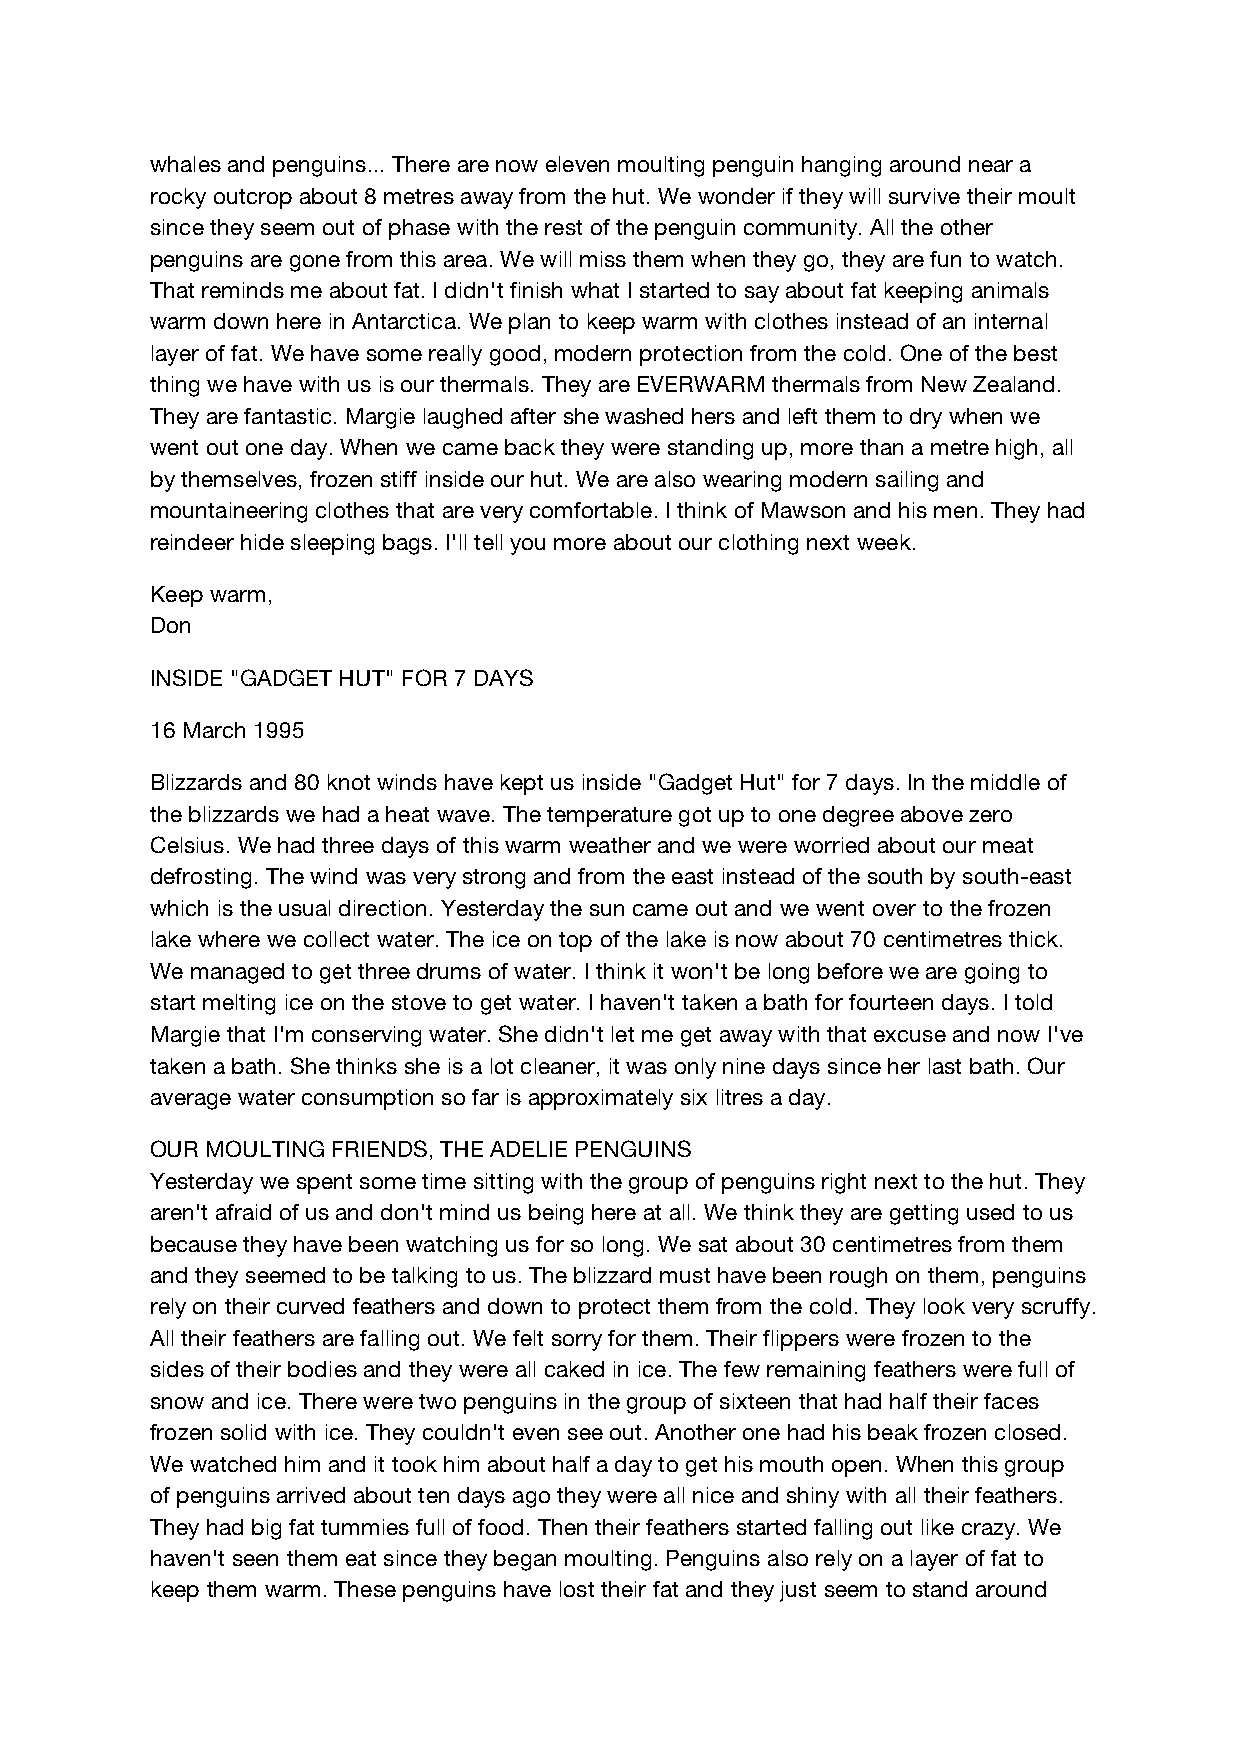
whales and penguins... There are now eleven moulting penguin hanging around near a
 rocky outcrop about 8 metres away from the hut. We wonder if they will survive their moult
 since they seem out of phase with the rest of the penguin community. All the other
 penguins are gone from this area. We will miss them when they go, they are fun to watch.
 That reminds me about fat. I didn't finish what I started to say about fat keeping animals
 warm down here in Antarctica. We plan to keep warm with clothes instead of an internal
 layer of fat. We have some really good, modern protection from the cold. One of the best
 thing we have with us is our thermals. They are EVERWARM thermals from New Zealand.
 They are fantastic. Margie laughed after she washed hers and left them to dry when we
 went out one day. When we came back they were standing up, more than a metre high, all
 by themselves, frozen stiff inside our hut. We are also wearing modern sailing and
 mountaineering clothes that are very comfortable. I think of Mawson and his men. They had
 reindeer hide sleeping bags. I'll tell you more about our clothing next week.
 Keep warm,
 Don
 INSIDE "GADGET HUT" FOR 7 DAYS
 16 March 1995
 Blizzards and 80 knot winds have kept us inside "Gadget Hut" for 7 days. In the middle of
 the blizzards we had a heat wave. The temperature got up to one degree above zero
 Celsius. We had three days of this warm weather and we were worried about our meat
 defrosting. The wind was very strong and from the east instead of the south by south-east
 which is the usual direction. Yesterday the sun came out and we went over to the frozen
 lake where we collect water. The ice on top of the lake is now about 70 centimetres thick.
 We managed to get three drums of water. I think it won't be long before we are going to
 start melting ice on the stove to get water. I haven't taken a bath for fourteen days. I told
 Margie that I'm conserving water. She didn't let me get away with that excuse and now I've
 taken a bath. She thinks she is a lot cleaner, it was only nine days since her last bath. Our
 average water consumption so far is approximately six litres a day.
 OUR MOULTING FRIENDS, THE ADELIE PENGUINS
 Yesterday we spent some time sitting with the group of penguins right next to the hut. They
 aren't afraid of us and don't mind us being here at all. We think they are getting used to us
 because they have been watching us for so long. We sat about 30 centimetres from them
 and they seemed to be talking to us. The blizzard must have been rough on them, penguins
 rely on their curved feathers and down to protect them from the cold. They look very scruffy.
 All their feathers are falling out. We felt sorry for them. Their flippers were frozen to the
 sides of their bodies and they were all caked in ice. The few remaining feathers were full of
 snow and ice. There were two penguins in the group of sixteen that had half their faces
 frozen solid with ice. They couldn't even see out. Another one had his beak frozen closed.
 We watched him and it took him about half a day to get his mouth open. When this group
 of penguins arrived about ten days ago they were all nice and shiny with all their feathers.
 They had big fat tummies full of food. Then their feathers started falling out like crazy. We
 haven't seen them eat since they began moulting. Penguins also rely on a layer of fat to
 keep them warm. These penguins have lost their fat and they just seem to stand around